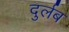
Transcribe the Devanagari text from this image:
दुर्लब